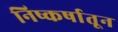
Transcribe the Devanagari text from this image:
निष्कर्षातून